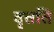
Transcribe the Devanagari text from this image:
वृत्तति